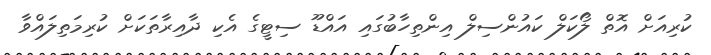
ކުރިއަށް އޮތް ލޯކަލް ކައުންސިލް އިންތިހާބުގައި އައްޑޫ ސިޓީގެ އެކި ދާއިރާތަކަށް ކުރިމަތިލައްވާ